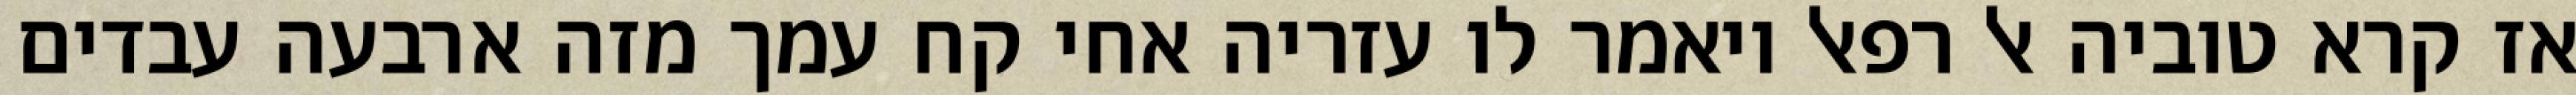
אז קרא טוביה אל רפאל ויאמר לו עזריה אחי קח עמך מזה ארבעה עבדים